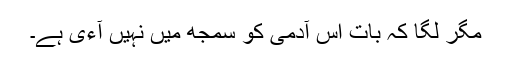
مگر لگا کہ بات اس آدمی کو سمجھ میں نہیں آءی ہے۔